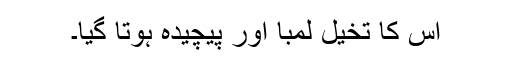
اس کا تخیل لمبا اور پیچیدہ ہوتا گیا۔